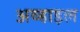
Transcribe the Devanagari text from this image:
अव्हाइल